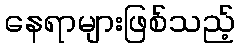
နေရာများဖြစ်သည့်